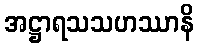
အဋ္ဌာရသသဟဿာနိ